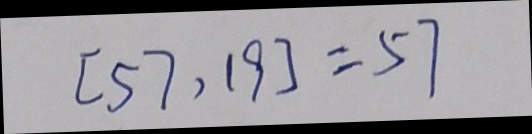
[ 5 7 , 1 9 ] = 5 7